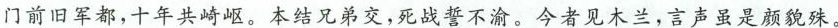
门前旧军都，十年共崎岖。本结兄弟交，死战誓不渝。今者见木兰，言声虽是颜貌殊